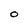
Character: 0